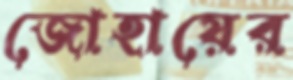
জোহায়ের